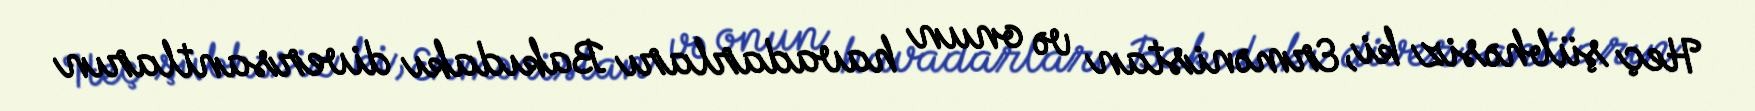
Heç şübhəsiz ki, Ermənistan və onun havadarları Bakıdakı diversantların